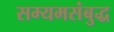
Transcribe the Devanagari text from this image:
सम्यमसंबुद्ध